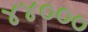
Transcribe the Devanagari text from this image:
४४०००